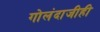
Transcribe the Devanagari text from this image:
गोलंदाजीही